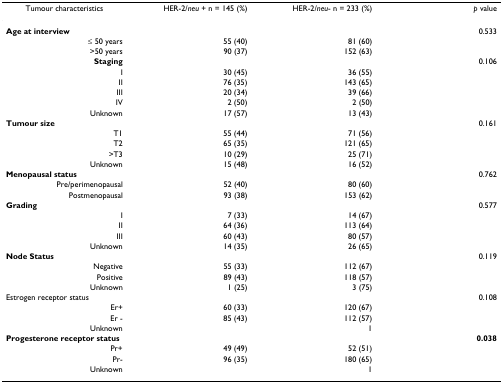
| Tumour characteristics | HER-2/neu + n = 145 (%) | HER-2/neu- n = 233 (%) | p value |
 | --- | --- | --- | --- |
 | Age at interview |  |  | 0.533 |
 | ≤ 50 years | 55 (40) | 81 (60) |  |
 | >50 years | 90 (37) | 152 (63) |  |
 | Staging |  |  | 0.106 |
 | I | 30 (45) | 36 (55) |  |
 | II | 76 (35) | 143 (65) |  |
 | III | 20 (34) | 39 (66) |  |
 | IV | 2 (50) | 2 (50) |  |
 | Unknown | 17 (57) | 13 (43) |  |
 | Tumour size |  |  | 0.161 |
 | T1 | 55 (44) | 71 (56) |  |
 | T2 | 65 (35) | 121 (65) |  |
 | >T3 | 10 (29) | 25 (71) |  |
 | Unknown | 15 (48) | 16 (52) |  |
 | Menopausal status |  |  | 0.762 |
 | Pre/perimenopausal | 52 (40) | 80 (60) |  |
 | Postmenopausal | 93 (38) | 153 (62) |  |
 | Grading |  |  | 0.577 |
 | I | 7 (33) | 14 (67) |  |
 | II | 64 (36) | 113 (64) |  |
 | III | 60 (43) | 80 (57) |  |
 | Unknown | 14 (35) | 26 (65) |  |
 | Node Status |  |  | 0.119 |
 | Negative | 55 (33) | 112 (67) |  |
 | Positive | 89 (43) | 118 (57) |  |
 | Unknown | 1 (25) | 3 (75) |  |
 | Estrogen receptor status |  |  | 0.108 |
 | Er+ | 60 (33) | 120 (67) |  |
 | Er - | 85 (43) | 112 (57) |  |
 | Unknown |  | 1 |  |
 | Progesterone receptor status |  |  | 0.038 |
 | Pr+ | 49 (49) | 52 (51) |  |
 | Pr- | 96 (35) | 180 (65) |  |
 | Unknown |  | 1 |  |